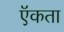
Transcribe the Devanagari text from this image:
ऍकता